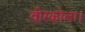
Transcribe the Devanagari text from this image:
वीरकोला।